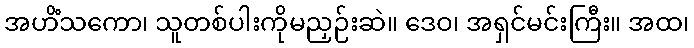
အဟိံသကော၊ သူတစ်ပါးကိုမညှဉ်းဆဲ။ ဒေဝ၊ အရှင်မင်းကြီး။ အထ၊